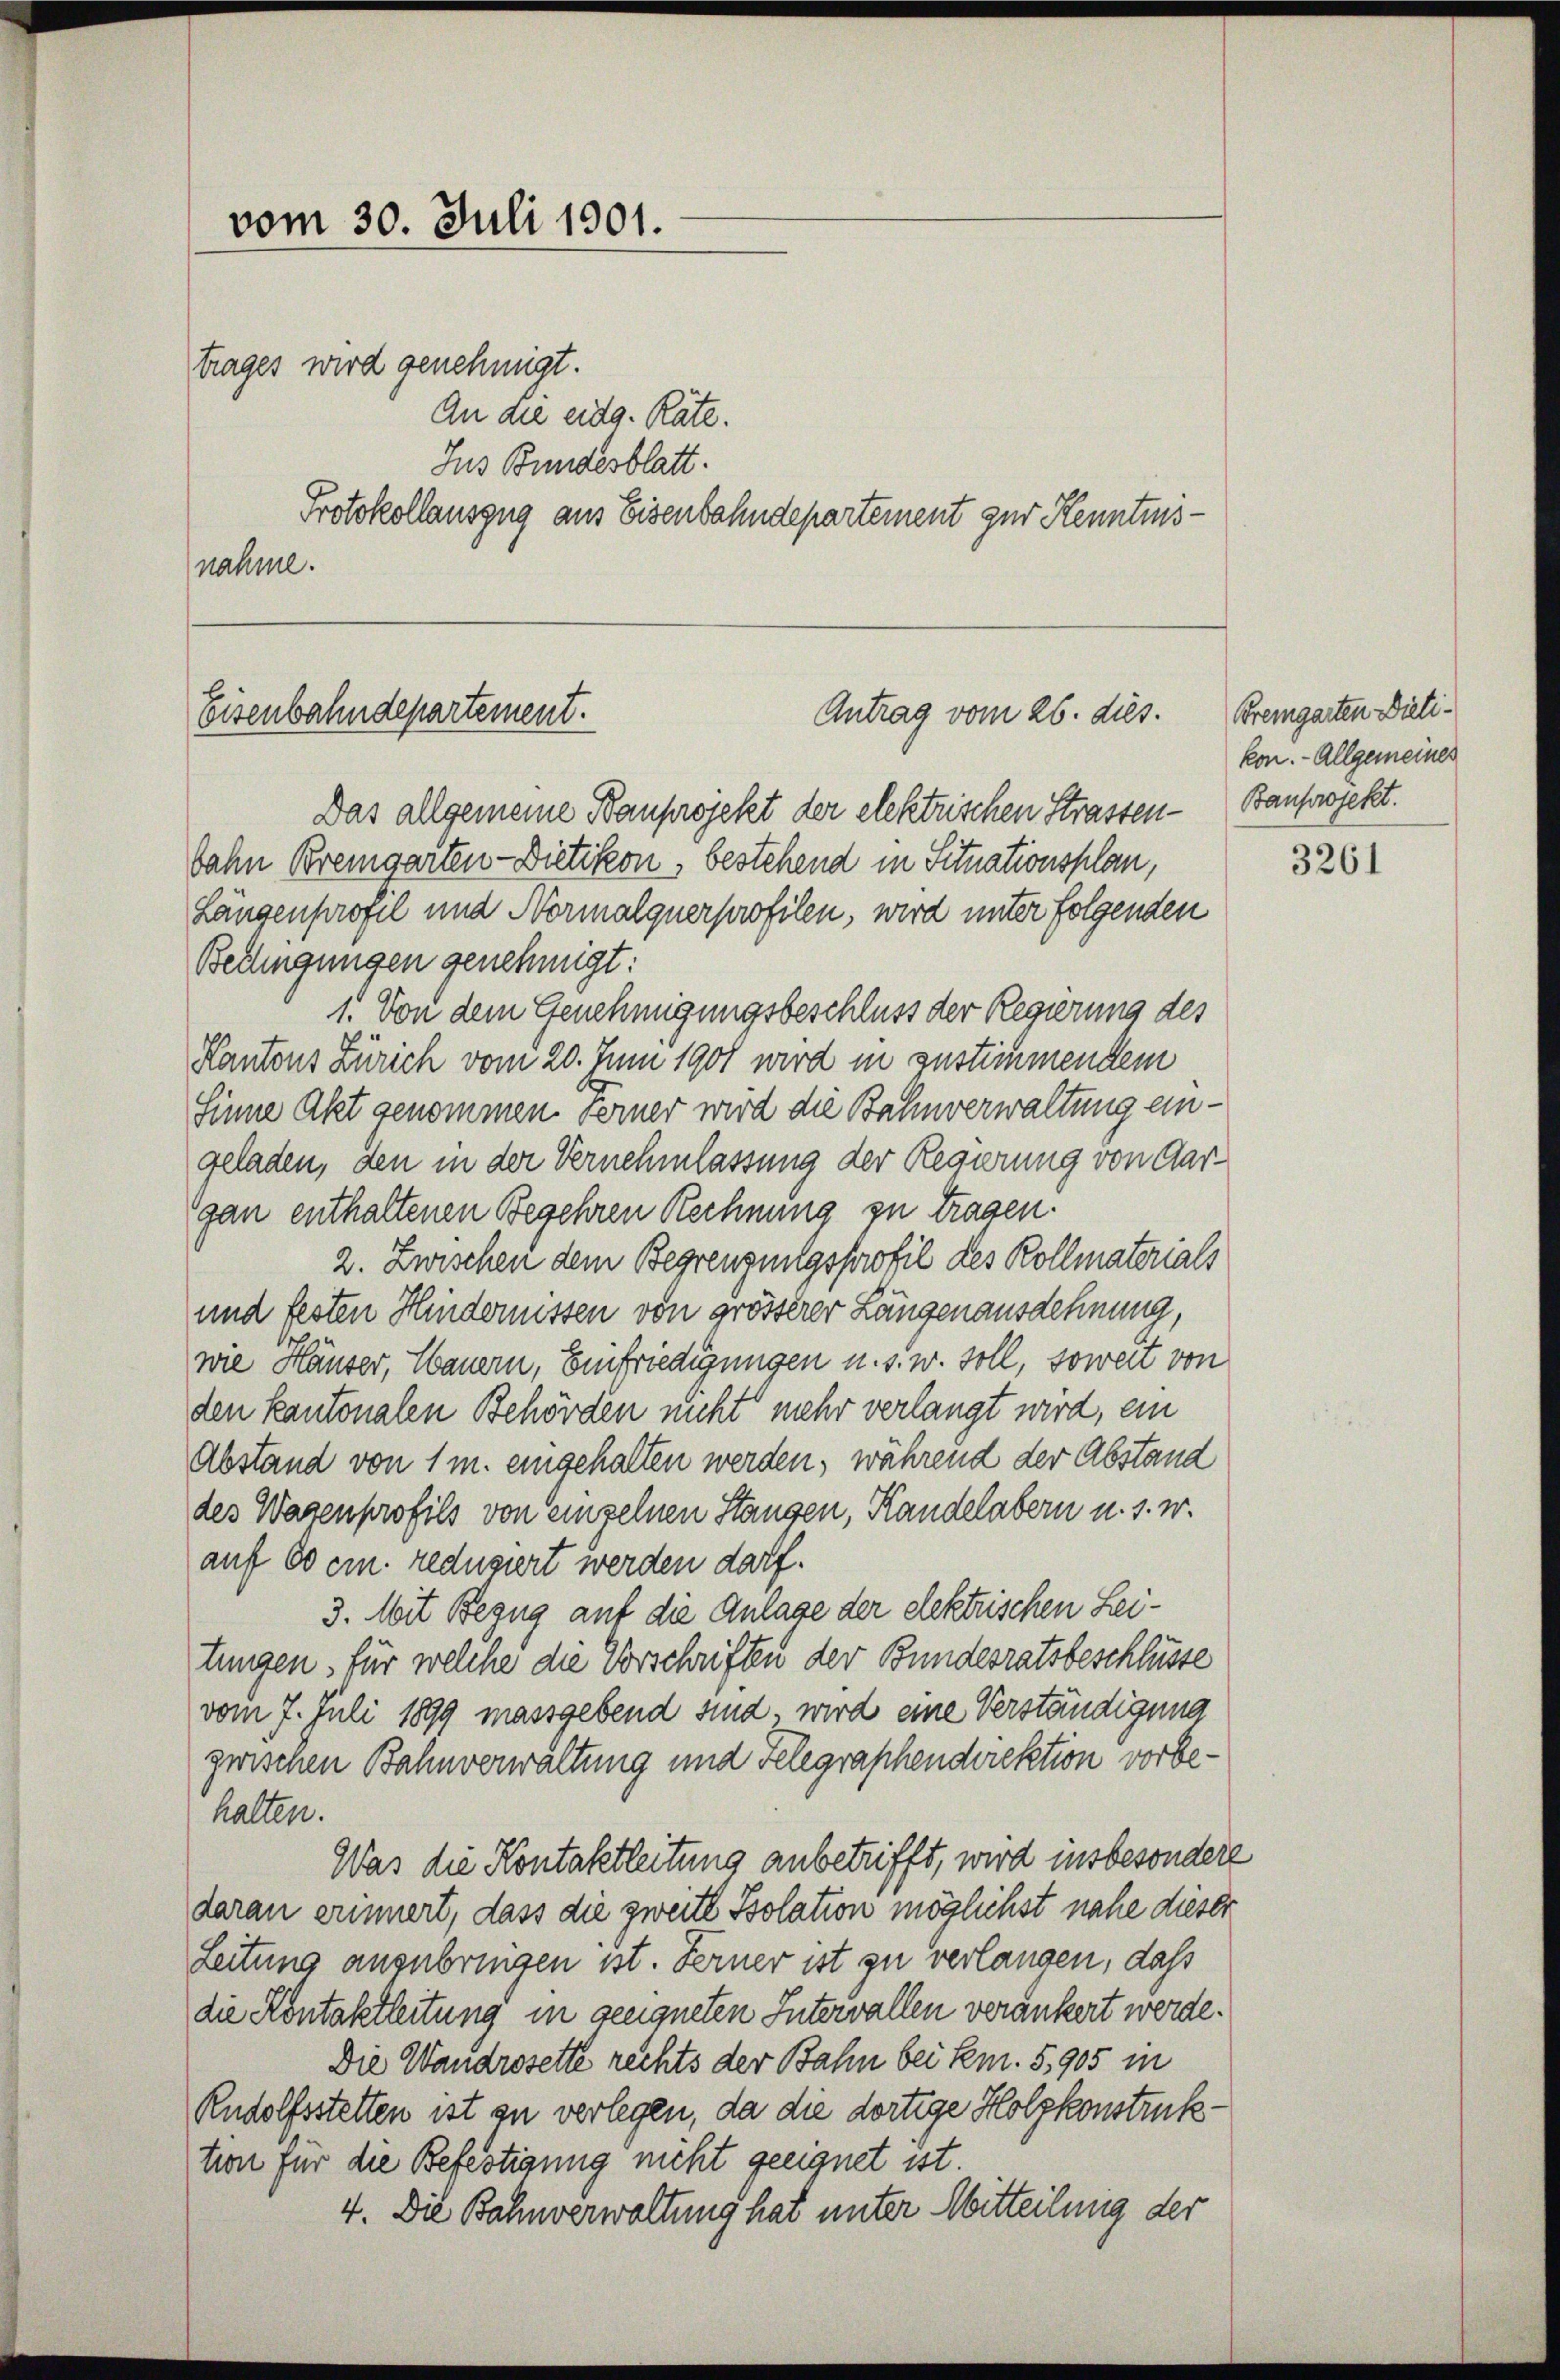
vom 30. Juli 1901.
trages wird genehmigt.
An die eidg. Räte.
Jus Bundesblatt.

nahme.

Eisenbahndepartement.

Protokollauszug aus Eisenbahndepartement zur Kenntni¬

Antrag vom 26. dies.

Das allgemeine Bauprojekt der elektrischen Strasten¬
Dahn Bremgarten- Dietikon, bestehend in Situationsplan,
Längenprofel und Normalquerprofilen, wird unter folgenden
Bettingungen genehmigt:
1. Von dem Genehmigungsbeschluss der Regierung des
Kantons Zürich vom 20. Juni 1901 wird in zustimmendem
Sinne Akt genommen. Ferner wird die Bahnverwaltung eingeladen, den in der Vernehmlassung der Regierung von Aar-
gan enthaltenen Begehren Rechnung zu tragen.
2. Zwischen dem Begrenzungsprofil des Kollmaterials
und festen Hindernissen von grösserer Längenausdehnung,
wie Häuser, Hauern, Einfriedigungen u. s. w. soll, soweit von
den kantonalen Behörden nicht mehr verlangt wird, ein
Abstand von 1 m. eingehalten werden, während der Abstand
des Wagenprofils von einzelnen Stangen, Handelabern u. s. w.
auf 60 cm. reduziert werden darf.
3. Mit Bezug auf die Anlage der elektrischen Leitungen, für welche die Vorschriften der Bundesratsbeschlüsse
vom 7. Juli 1899 massgebend sind, wird eine Verständigung
zwischen Bahnverwaltung und Telegraphendirektion vorbekalten.
Was die Kontaktleitung anbetrifft, wird insbesondert
daran erinnert, dass die zweite Psolation möglichst nahe dieser
Leitung anzubringen ist. Ferner ist zu verlangen, daß
die Kontaktleitung in geeigneten Intervallen veränkert werde.
Die Wandrosette rechts der Bahn bei km. 5,905 in
Rudolfsstetten ist zu verlegen, da die dortige Holzkonstruktion für die Befestigung nicht geeignet ist.
4. Die Bahnverwaltung hat unter Mitteilung der

Bremgarten Dielikon. - Allgemeines
Bauprojekt.

3261